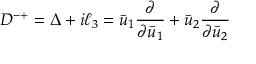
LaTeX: D ^ { - + } = \Delta + i \ell _ { 3 } = \bar { u } _ { 1 } \frac { \partial } { \partial \bar { u } _ { 1 } } + \bar { u } _ { 2 } \frac { \partial } { \partial \bar { u } _ { 2 } }